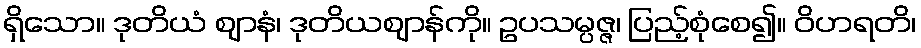
ရှိသော။ ဒုတိယံ ဈာနံ၊ ဒုတိယဈာန်ကို။ ဥပသမ္ပဇ္ဇ၊ ပြည့်စုံစေ၍။ ဝိဟရတိ၊